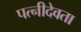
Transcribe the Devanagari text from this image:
पत्नीदेवता